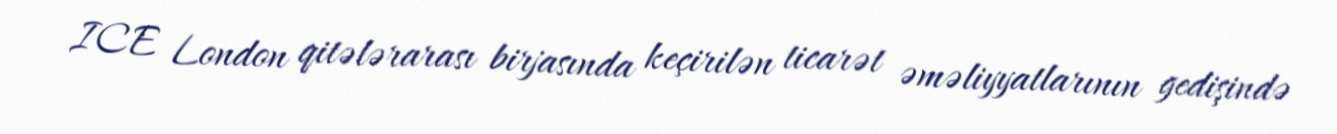
ICE London qitələrarası birjasında keçirilən ticarət əməliyyatlarının gedişində